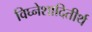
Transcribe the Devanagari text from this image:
विघ्नेशादितीर्थ